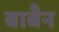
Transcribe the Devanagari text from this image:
बाबैन